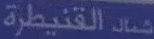
شمال القنيطرة